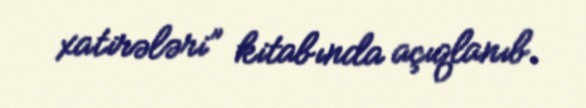
xatirələri” kitabında açıqlanıb.